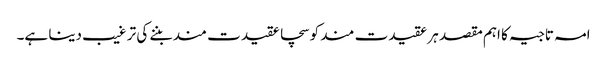
امہ تاجیہ کا اہم مقصد ہر عقیدت مند کو سچا عقیدت مند بننے کی تر غیب دینا ہے۔